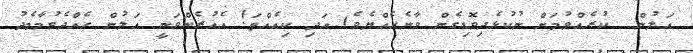
އަލުން  ކުރެއްވުމަށް ނުކުޅެދިވޮޑިގެން ވާނެހެއްޔެވެ) އަދި ކިއެއްތަ! އެއުރެންވަނީ އަލުން ހެއްދެވުމާމެދު